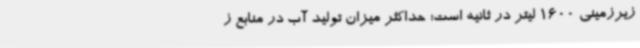
زیرزمینی 1600 لیتر در ثانیه است؛ حداکثر میزان تولید آب در منابع ز